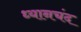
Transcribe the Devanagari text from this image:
ध्‍यानचंद